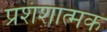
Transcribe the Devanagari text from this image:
प्रशंशात्मक